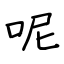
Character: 呢